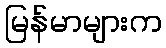
မြန်မာများက